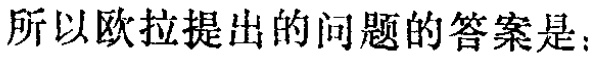
所以欧拉提出的问题的答案是：